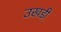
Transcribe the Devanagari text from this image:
उखडी़